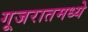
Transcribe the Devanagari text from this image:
गूजरातमध्ये